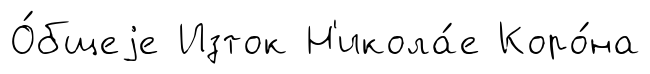
О́бщеjе Изток Н'икола́е Коро́на